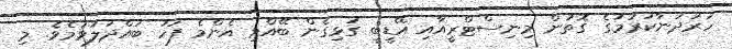
ހަރުދަނާކުރުމުގެ ގޮތުން މިނިސްޓްރީއާއި އޭޑީބީ ގުޅިގެން ބޭއްވި އެންމެ ފަހު ބައްދަލުވުމެވެ. މި